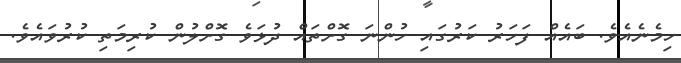
ހިމެނެއެވެ. ބައެއް ފަހަރު ކަރުގައި ހުންނަ ގޮށްތައް ދުޅަވެ ގޮށްލުން ކުރިމަތި ކުރުވައެވެ.